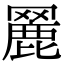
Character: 𦌏